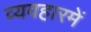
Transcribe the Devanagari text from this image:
व्यवहारमें